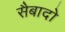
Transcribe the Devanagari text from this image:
सैबादो